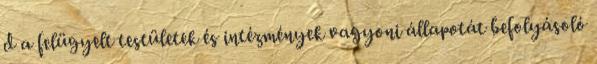
d a felügyelt testületek és intézmények vagyoni állapotát befolyásoló